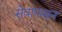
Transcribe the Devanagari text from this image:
सेवांपासून